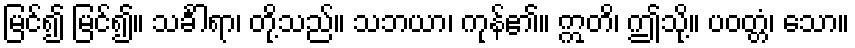
မြင်၍ မြင်၍။ သင်္ခါရာ၊ တို့သည်။ သဘယာ၊ ကုန်၏။ ဣတိ၊ ဤသို့။ ပဝတ္တံ၊ သော။